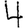
Digit: 4